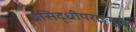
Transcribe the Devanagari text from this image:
प्रसिद्धीपराङ्‌मुख